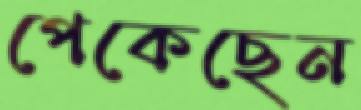
পেকেছেন